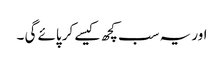
اور یہ سب کچھ کیسے کر پائے گی ۔